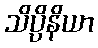
သိပ္ပိနိယာ